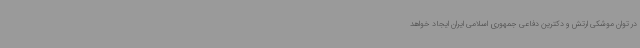
در توان موشکی ارتش و دکترین دفاعی جمهوری اسلامی ایران ایجاد خواهد